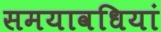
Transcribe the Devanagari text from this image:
समयावधियां